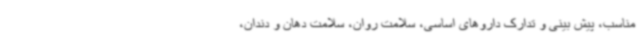
مناسب، پیش بینی و تدارک داروهای اساسی، سلامت روان، سلامت دهان و دندان،